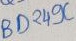
Text: BD249C